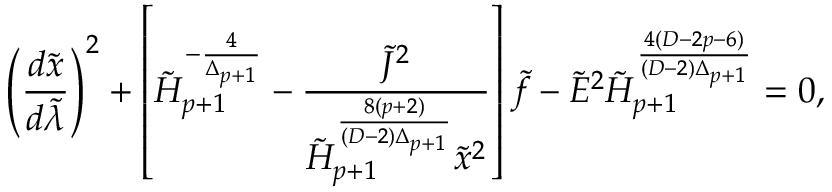
\left( { \frac { d \tilde { x } } { d \tilde { \lambda } } } \right) ^ { 2 } + \left[ \tilde { H } _ { p + 1 } ^ { - { \frac { 4 } { \Delta _ { p + 1 } } } } - { \frac { \tilde { \cal J } ^ { 2 } } { \tilde { H } _ { p + 1 } ^ { \frac { 8 ( p + 2 ) } { ( D - 2 ) \Delta _ { p + 1 } } } \tilde { x } ^ { 2 } } } \right] \tilde { f } - \tilde { E } ^ { 2 } \tilde { H } _ { p + 1 } ^ { \frac { 4 ( D - 2 p - 6 ) } { ( D - 2 ) \Delta _ { p + 1 } } } = 0 ,